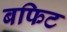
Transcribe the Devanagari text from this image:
बफिट